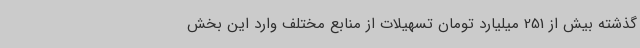
گذشته بیش از 251 میلیارد تومان تسهیلات از منابع مختلف وارد این بخش